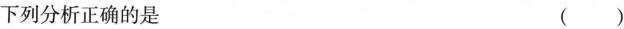
下列分析正确的是 ( )